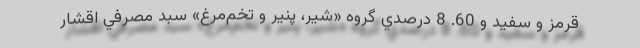
قرمز و سفيد و 60. 8 درصدي گروه «شير، پنير و تخم‌مرغ» سبد مصرفي اقشار